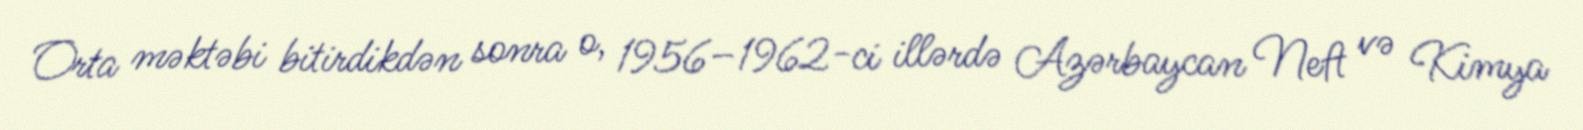
Orta məktəbi bitirdikdən sonra o, 1956–1962-ci illərdə Azərbaycan Neft və Kimya